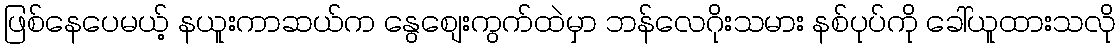
ဖြစ်နေပေမယ့် နယူးကာဆယ်က နွေစျေးကွက်ထဲမှာ ဘန်လေဂိုးသမား နစ်ပုပ်ကို ခေါ်ယူထားသလို